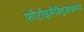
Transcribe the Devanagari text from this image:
फोटोइलेक्ट्रिकप्रभाव